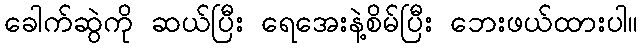
ခေါက်ဆွဲကို ဆယ်ပြီး ရေအေးနဲ့စိမ်ပြီး ဘေးဖယ်ထားပါ။